Civil Veterinary Department. United Provinces 1912-22 - 1912-1922
Year: 1912
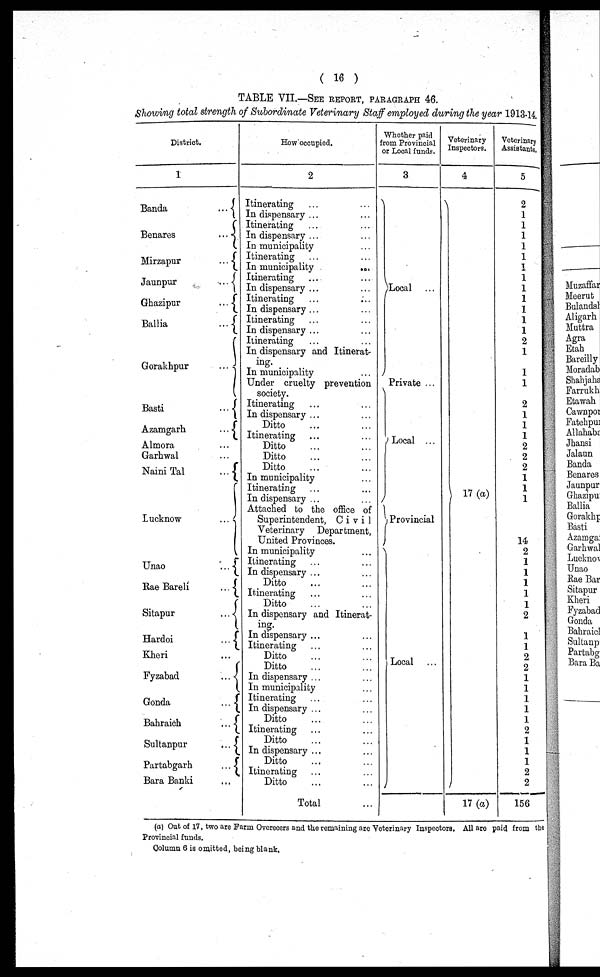
( 16 )
TABLE VII.—SEE REPORT, PARAGRAPH 46.
Showing total strength of Subordinate Veterinary Staff employed during the year 1913-1
District.
1
Banda
...
Benares
...
Mirzapur
...
Jaunpur
...
Ghazipur
...
Ballia
...
Gorakhpur
...
Basti
...
Azamgarh
...
Almora ...
Garhwal ...
Naini Tal
...
Lucknow
...
Unao
...
Rae Bareli
...
Sitapur
...
Hardoi
...
Kheri ...
Fyzabad
...
Gonda
...
Bahraich
...
Sultanpur
...
Partabgarh
...
Bara Banki ...
How occupied.
2
Itinerating ... ...
In dispensary ... ...
Itinerating ... ...
In dispensary ... ...
In municipality ... ...
Itinerating ... ...
In municipality
...
Itinerating ... ...
In dispensary ... ...
Itinerating ... ...
In dispensary ... ...
Itinerating ... ...
In dispensary ... ...
Itinerating
In dispensary and Itinerat-
ing.
In municipality ...
Under cruelty prevention
society.
Itinerating
In dispensary ... ...
Ditto ... ...
Itinerating ... ...
Ditto ... ...
Ditto ... ...
Ditto ... ...
In municipality ...
Itinerating
In dispensary ... ...
Attached to the office of
Superintendent, Civil
Veterinary
Department,
United Provinces.
In municipality ...
Itinerating ... ...
In dispensary ... ...
Ditto ... ...
Itinerating ... ...
Ditto ... ...
In dispensary and Itinerat-
ing.
In dispensary ... ...
Itinerating ... ...
Ditto ... ...
Ditto ... ...
In dispensary ... ...
In municipality ...
Itinerating ... ...
In dispensary ... ...
Ditto ... ...
Itinerating ... ...
Ditto ...
In dispensary ... ...
Ditto ... ...
Itinerating ... ...
Ditto ... ...
Total ...
Whether paid
from Provincial
or Local funds.
3
Local ...
Private ...
Local ...
Provincial
Local ...
Veterinary
Inspectors.
4
17 (a)
17 (a)
Veterinar
Assistant
5
2
1
1
1
1
1
1
1
1
1
1
1
1
2
1
1
1
2
1
1
1
2
2
2
1
1
1
14
2
2
1
1
1
1
2
1
1
2
2
1
1
1
1 1
1
2
1
1
1
2
2
156
(a) Out of 17, two are Farm Overceers and the remaining are Veterinary Inspectors. All are paid from
Provincial funds.
Column 6 is omitted, being blank.